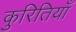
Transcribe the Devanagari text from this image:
कुरितियाँ